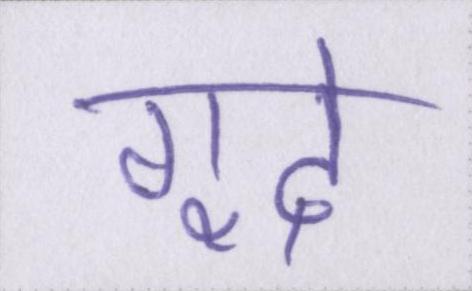
गूदे